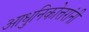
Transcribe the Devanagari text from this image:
आधुनिकोत्तरांनी